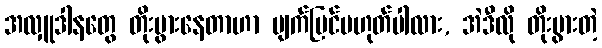
အလှူဒါနတွေ တိုးပွားနေတာဟာ မျက်မြင်မဟုတ်ပါလား, အဲဒီလို တိုးပွားတဲ့